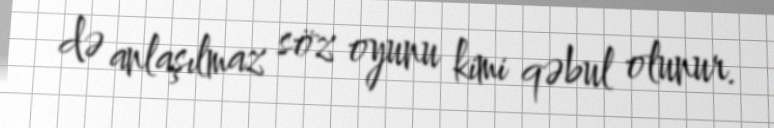
də anlaşılmaz söz oyunu kimi qəbul olunur.